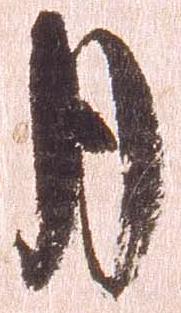
月